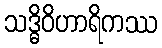
သဒ္ဓိဝိဟာရိကဿ